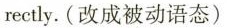
rectly.(改成被动语态)